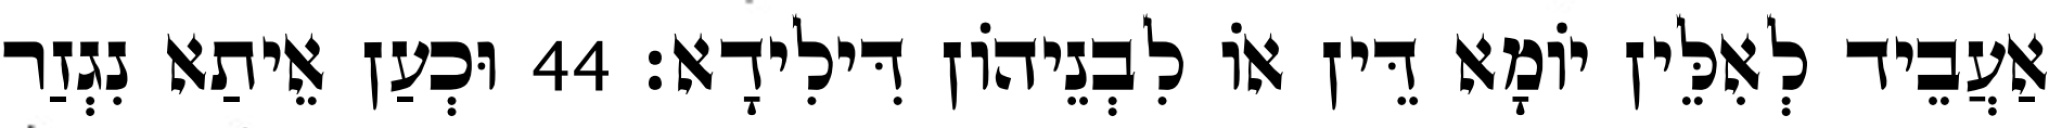
אַעֲבֵיד לְאִלֵּין יוֹמָא דֵּין אוֹ לִבְנֵיהוֹן דִּילִידָא׃ 44 וּכְעַן אֵיתַא נִגְזַר